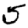
Digit: 5